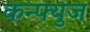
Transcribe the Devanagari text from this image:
कन्फ्युज